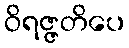
ဝိရဇ္ဇတိပေ